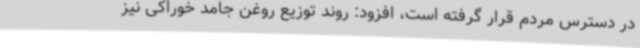
در دسترس مردم قرار گرفته است، افزود: روند توزیع روغن جامد خوراکی نیز